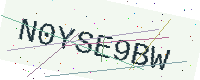
Text: N0YSE9BW